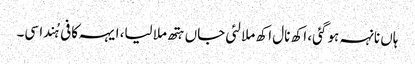
ہاں نانہہ ہو گئی، اکھ نال اکھ ملا لئی جاں ہتھ ملا لیا، ایہہ کافی ہُندا سی۔